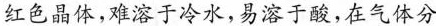
盐酸红色晶体，难溶于冷水，易溶于酸，在气体分